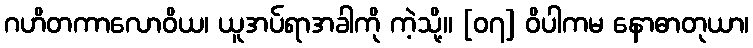
ဂဟိတကာလောဝိယ၊ ယူအပ်ရာအခါကို ကဲ့သို့။ [၀၇] ဝိပါကမ နောဓာတုယာ၊